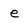
Character: e